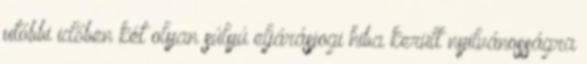
utóbbi időben két olyan súlyú eljárásjogi hiba került nyilvánosságra